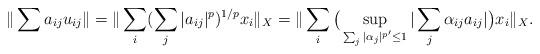
LaTeX: \begin{align*}\|\sum a_{ij} u_{ij}\| = \|\sum_i (\sum_j |a_{ij}|^p)^{1/p} x_i\|_X =\|\sum_i \big( \sup_{\sum_j |\alpha_j|^{p^\prime} \leq 1} |\sum_j \alpha_{ij} a_{ij}| \big) x_i\|_X .\end{align*}